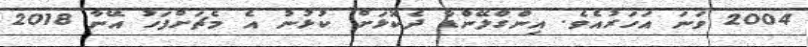
2004 ވަނަ އަހަރުއެވެ. އިންގްލޭންޑާ ދެކޮޅަށް ކުޅުނު އެ މެޗަށްފަހު އޭނާ 2018